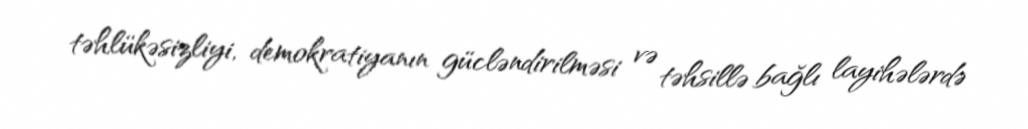
təhlükəsizliyi, demokratiyanın gücləndirilməsi və təhsillə bağlı layihələrdə